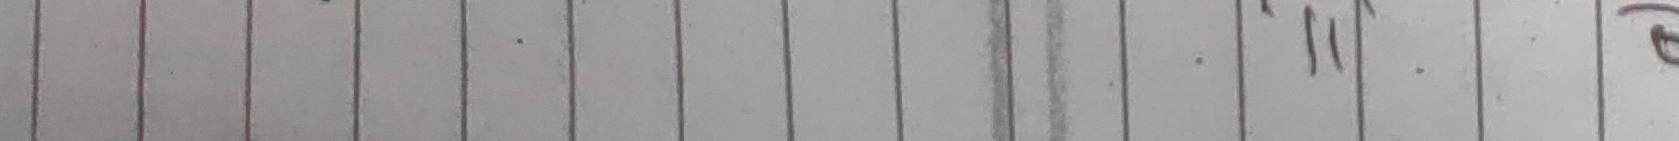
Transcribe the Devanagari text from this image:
११
(२